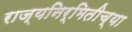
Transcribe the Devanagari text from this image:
राज्यनिर्मितीच्या